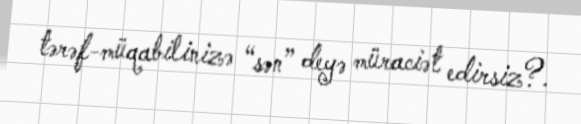
tərəf-müqabilinizə “sən” deyə müraciət edirsiz?.